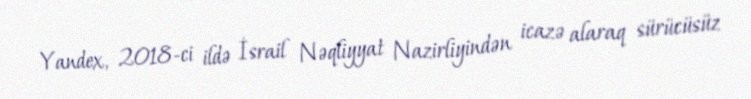
Yandex, 2018-ci ildə İsrail Nəqliyyat Nazirliyindən icazə alaraq sürücüsüz